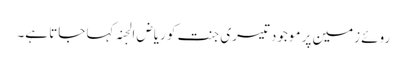
روئے زمین پر موجود تیسری جنت کو ریاض الجنہ کہا جاتا ہے۔